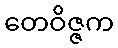
တေဝိဇ္ဇက